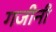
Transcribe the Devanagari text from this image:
गजीनी